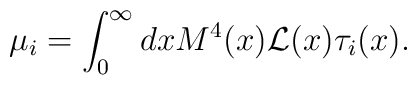
\mu_i = \int_0^\infty dx M^4(x){\cal L}(x)\tau_i(x).